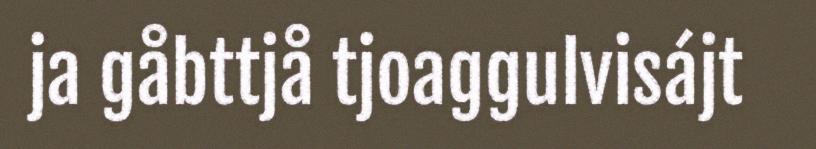
ja gåbttjå tjoaggulvisájt